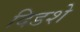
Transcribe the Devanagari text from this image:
दिडशे